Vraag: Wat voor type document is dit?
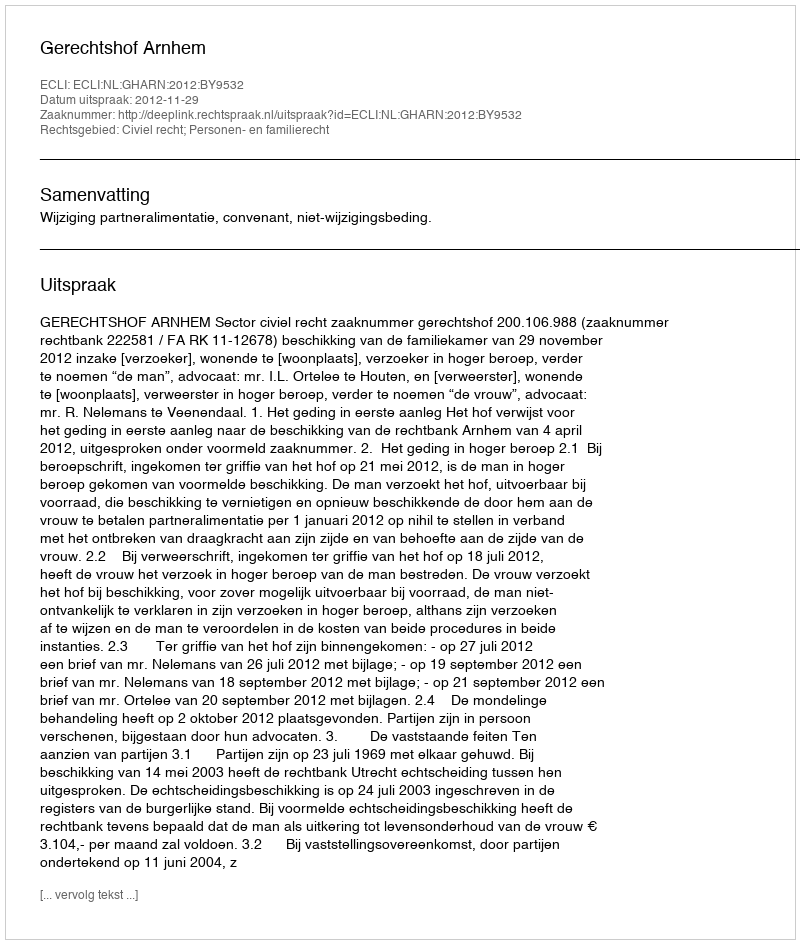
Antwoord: Uitspraak